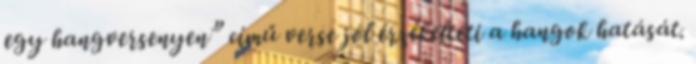
egy hangversenyen” című verse jól érzékelteti a hangok hatását.